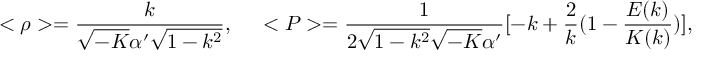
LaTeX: < \rho > = \frac { k } { \sqrt { - K } \alpha ^ { \prime } \sqrt { 1 - k ^ { 2 } } } , \; \; \; \; \; < P > = \frac { 1 } { 2 \sqrt { 1 - k ^ { 2 } } \sqrt { - K } \alpha ^ { \prime } } [ - k + \frac { 2 } { k } ( 1 - \frac { E ( k ) } { K ( k ) } ) ] ,